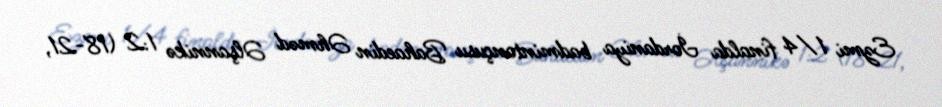
Ezmi 1/4 finalda İordaniya badmintonçusu Bahaedin Əhməd Əlşannikə 1:2 (18-21,